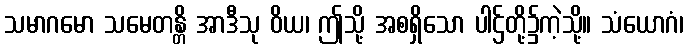
သမာဂမော သမေတန္တိ အာဒီသု ဝိယ၊ ဤသို့ အစရှိသော ပါဌ်တို့၌ကဲ့သို့။ သံယောဂံ၊